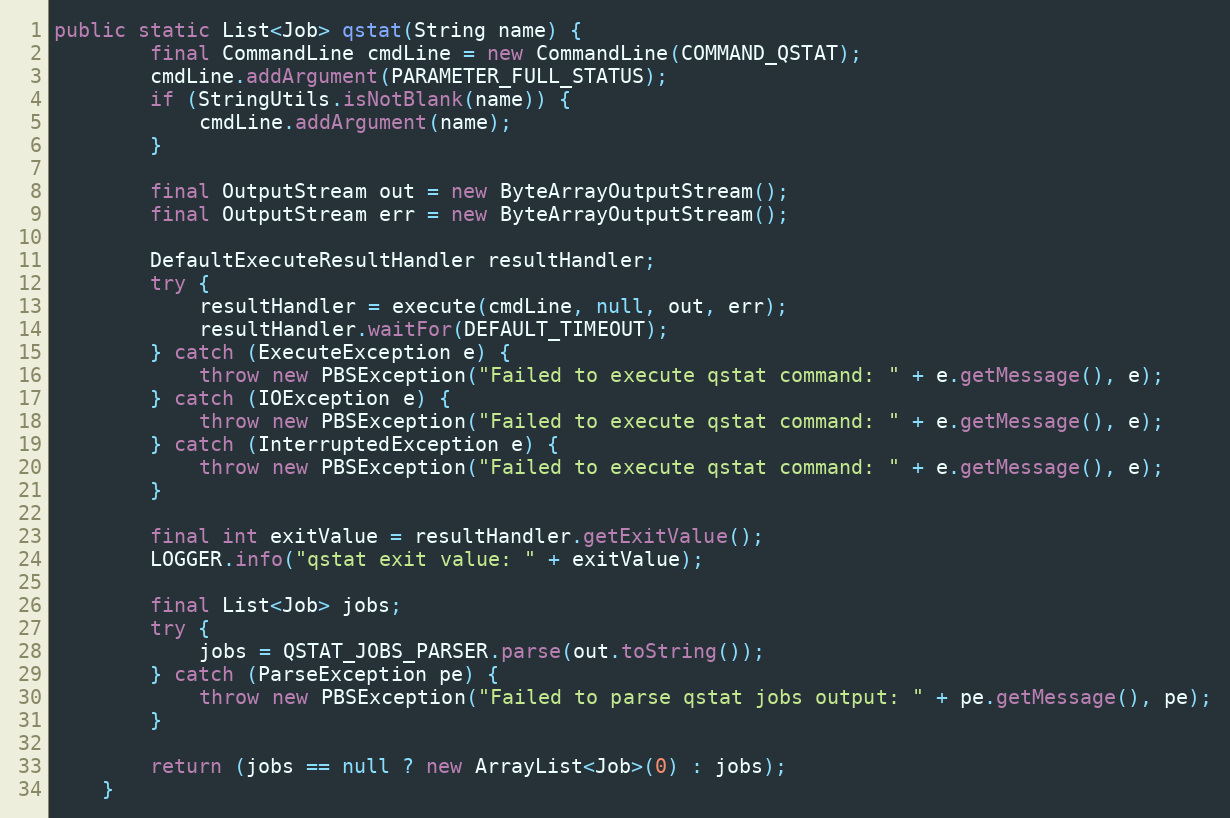
Language: Java
public static List<Job> qstat(String name) {
        final CommandLine cmdLine = new CommandLine(COMMAND_QSTAT);
        cmdLine.addArgument(PARAMETER_FULL_STATUS);
        if (StringUtils.isNotBlank(name)) {
            cmdLine.addArgument(name);
        }

        final OutputStream out = new ByteArrayOutputStream();
        final OutputStream err = new ByteArrayOutputStream();

        DefaultExecuteResultHandler resultHandler;
        try {
            resultHandler = execute(cmdLine, null, out, err);
            resultHandler.waitFor(DEFAULT_TIMEOUT);
        } catch (ExecuteException e) {
            throw new PBSException("Failed to execute qstat command: " + e.getMessage(), e);
        } catch (IOException e) {
            throw new PBSException("Failed to execute qstat command: " + e.getMessage(), e);
        } catch (InterruptedException e) {
            throw new PBSException("Failed to execute qstat command: " + e.getMessage(), e);
        }

        final int exitValue = resultHandler.getExitValue();
        LOGGER.info("qstat exit value: " + exitValue);

        final List<Job> jobs;
        try {
            jobs = QSTAT_JOBS_PARSER.parse(out.toString());
        } catch (ParseException pe) {
            throw new PBSException("Failed to parse qstat jobs output: " + pe.getMessage(), pe);
        }

        return (jobs == null ? new ArrayList<Job>(0) : jobs);
    }